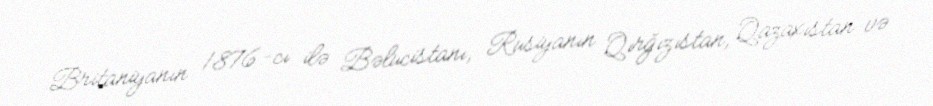
Britaniyanın 1876-cı ilə Bəlucistanı, Rusiyanın Qırğızıstan, Qazaxıstan və